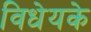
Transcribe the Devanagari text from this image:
विधेयके